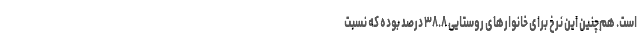
است. هم‌چنین این نرخ برای خانوارهای روستایی ۳۸.۸ درصد بوده که نسبت